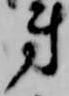
第